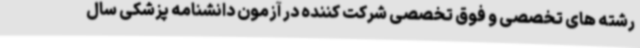
رشته های تخصصی و فوق تخصصی شرکت کننده در آزمون دانشنامه پزشکی سال